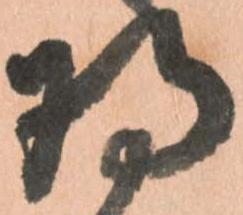
将